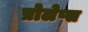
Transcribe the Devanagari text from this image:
प्रोलेप्स